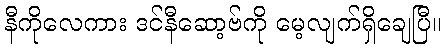
နီကိုလေကား ဒင်နီဆော့ဗ်ကို မေ့လျက်ရှိချေပြီ။